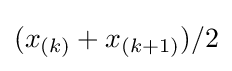
(x_{(k)}+x_{(k+1)})/2